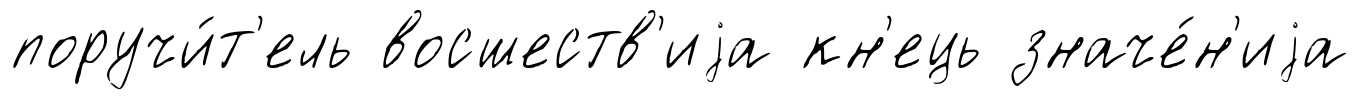
поручи́т'ель восшеств'иjа кн'ець значе́н'иjа